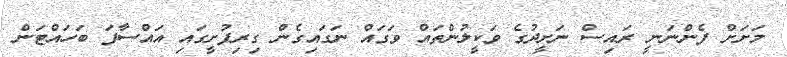
މަށަށް ފެންނަނީ ރައިސް ނަށީދުގެ ވަކީލުންތައް ވަގައް ނަގައިގެން ގިރިފުށީގައި އައްސާފަ ބަހައްޓަން